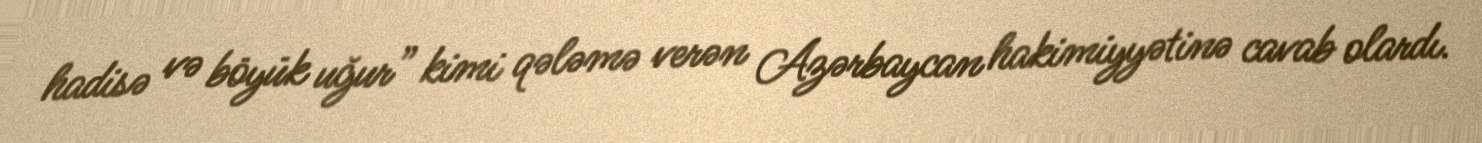
hadisə və böyük uğur” kimi qələmə verən Azərbaycan hakimiyyətinə cavab olardı.